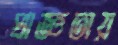
প্রাজ্ঞতায়